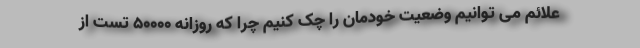
علائم می توانیم وضعیت خودمان را چک کنیم چرا که روزانه ۵۰۰۰۰ تست از